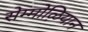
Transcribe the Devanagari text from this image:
सेम्मोऴियान